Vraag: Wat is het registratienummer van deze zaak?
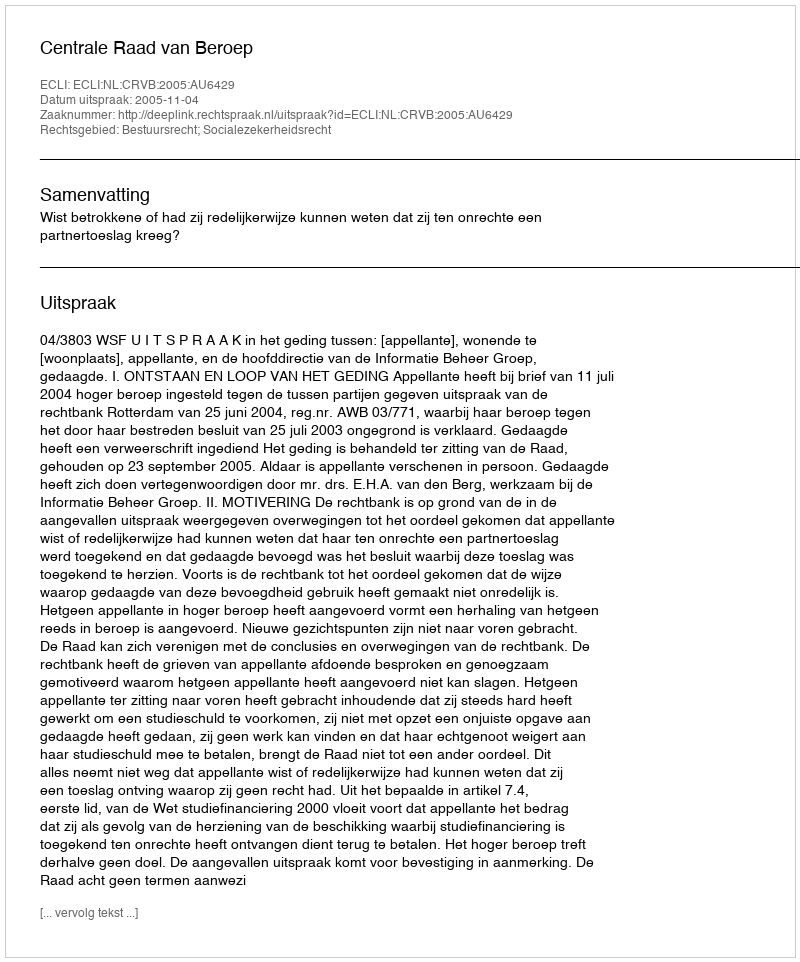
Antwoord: http://deeplink.rechtspraak.nl/uitspraak?id=ECLI:NL:CRVB:2005:AU6429